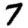
Digit: 7